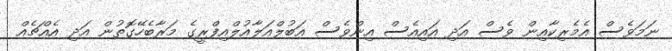
ނަމަވެސް އެމެރިކާއިން ވެސް އަދި އައިއެސް އިންވެސް އަބުލްއަލާއުލްއިފްރީގެ މަރާބެހޭގޮތުން އަދި އެއްޗެއް